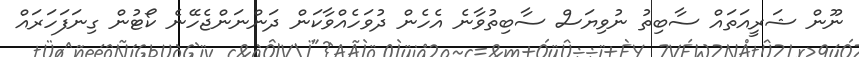
ނޫން ޝަރީއަތައް ސާބިތު ނުވިޔަސް ސާބިތުވާނެ އެހެން ދުވަހެއްވާކަން ދަަންނަންޖެހޭނެ ކޯޓުން ގިނަފަހަރައް